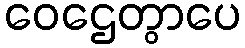
ဝေဌေတွာပေ